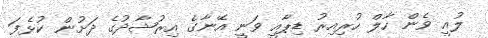
ލުއީ ވެން ހާލް ހުރިއިރު ޑިޕާއީ ވަނީ އޭނާގެ އިރުޝާދުގެ ދަށުން ކުޅެފަ